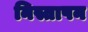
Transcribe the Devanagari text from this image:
निस्तापन